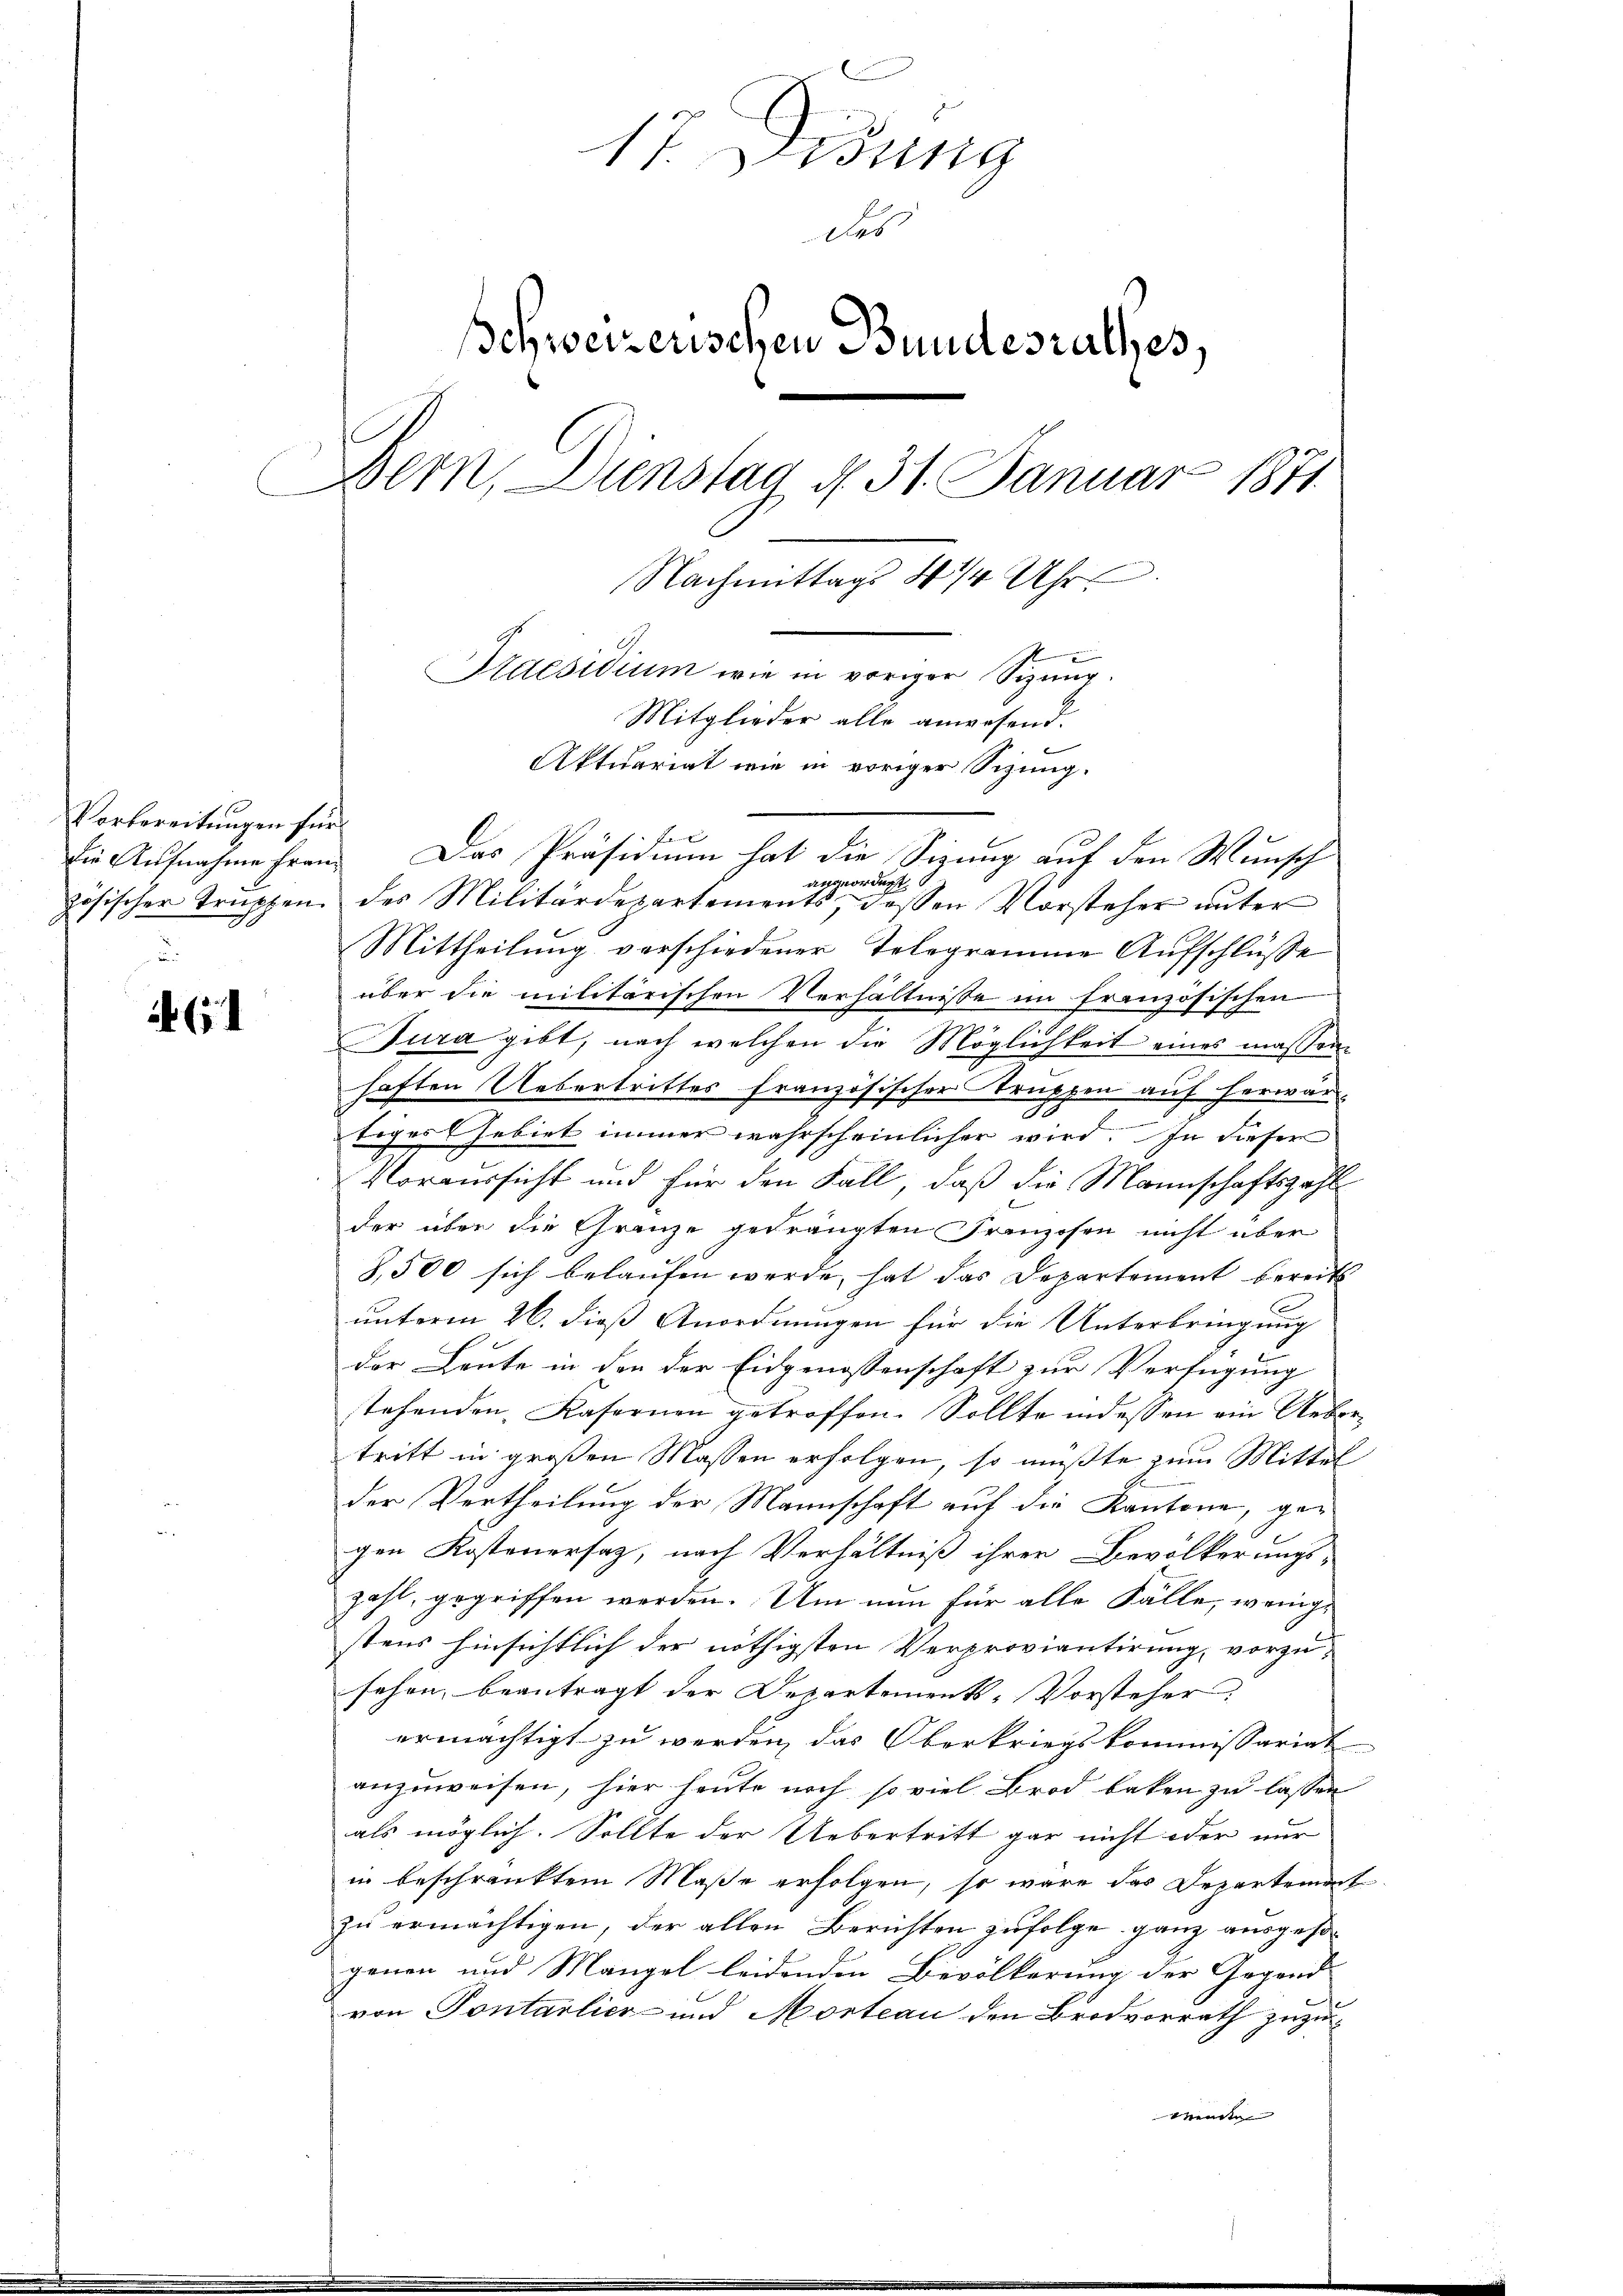
Vorbereitungen für

61

17. Didung
des
schweizerischen Bundesrathes,
Bern, Dienstag d. 31. Januar 1871
Nachmittags 4 1/4 Uhr
Praesidium wie in voriger Sizung.
Mitglieder alle anwesend.
Aktuariat wie in voriger Sizig.

f
Die Aufnahmehren. Das Präsidium hat die Sizung auf den Wunsch
angeordnet
zösischer Trŭppen des Militärdepartements, dessen Vorsteher ŭnter
Mittheilung verschiedener Telegramme Aufschlüsse
über die militärischen Verhältnisse im französischen
n
Tura gibt, nach welchen die Möglichkeit eines massen-
haften Uebertrittes französischer Struppen auf herwar-
I
tiges Gebiet immer wahrscheinlicher wird. In dieser
Voraussicht und für den Fall, daß die Mannschaftszahl
der über die Gränze gedrängten Franzosen nicht über
3,500 sich belaufen werde, hat das Departement bereits
unterm 26. dieß Anordnungen für die Unterbringung
der Leute in den der Eidgenossenschaft zur Verfügung
stehenden Kasernen getroffen. Sollte indessen ein Uebertritt in großen Massen erfolgen, so müßte zum Mittel
der Vertheilung der Mannschaft auf die Kantone, gegen Kostenersaz, nach Verhältniß ihrer Bevölkerungs-
zahl, gegriffen werden. Um nun für alle Fälle, wenigstens hinsichtlich der nöthigsten Verproviantirung, vorzusehen, beantragt der Departements-Vorsteher.
ermächtigt zu werden, das Oberkriegskommissariat
anzuweisen, hier heute noch so viel Brod beken zu lassen
als möglich. Sollte der Uebertritt gar nicht oder nur
in beschränktem Maße erfolgen, so wäre das Departement
zu ermächtigen, der allen Berichten zufolge ganz ausgesor
genen und Mangel leidenden Bevölkerung der Gegend
von Pontarlier- und Morteau den Brodvorrath zuzu¬
Wenden